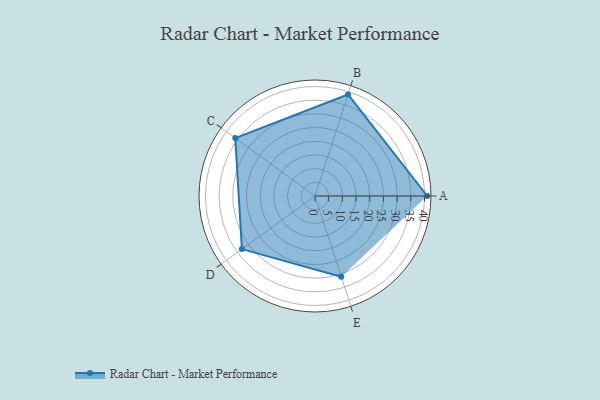
{"axis": {"x": "Skill", "y": "Score"}, "legend": ["Profile"], "data": [{"x": "A", "y": 41.0, "type": "Profile"}, {"x": "B", "y": 39.0, "type": "Profile"}, {"x": "C", "y": 36.0, "type": "Profile"}, {"x": "D", "y": 33.0, "type": "Profile"}, {"x": "E", "y": 31.0, "type": "Profile"}]}